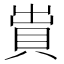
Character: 𧵠